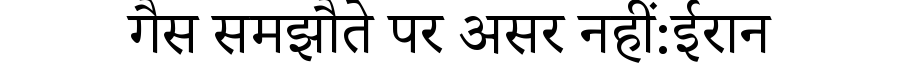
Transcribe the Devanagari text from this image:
गैस समझौते पर असर नहीं:ईरान